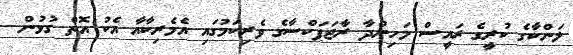
ލަންކާގެ ކުރީގެ ރައީސް މަހިންދާ ރާޖަޕަކްސާގެ ވެރިކަމުގައި އެމެރިކާއާ އެކު އޮތް ގުޅުން